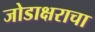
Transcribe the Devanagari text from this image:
जोडाक्षराचा